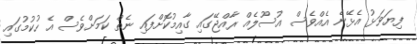
ފިޔަވަޅު އެޅޭނެ އެއްވެސް އުސޫލެއް ރާއްޖޭގައި ގާއިމުކޮށްފައި ނެތް ކަމަށްވެސް އެ ހުކުމުގައި